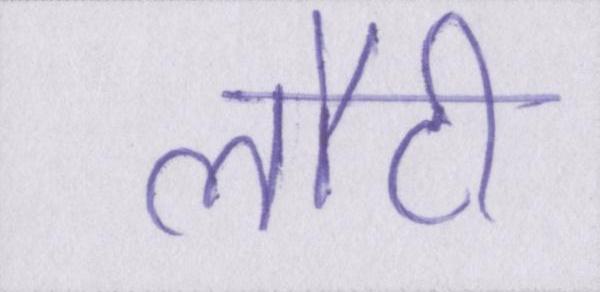
लौटी